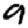
Digit: 9